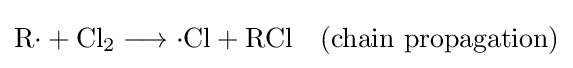
\mathrm {R{\cdot }+Cl_{2}\longrightarrow {\cdot }Cl+RCl\quad (chain\ propagation)}